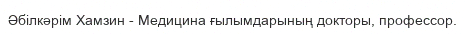
Әбілкәрім Хамзин - Медицина ғылымдарының докторы, профессор.